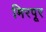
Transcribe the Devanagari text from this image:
मिरपूर